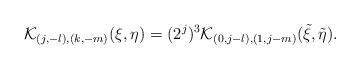
LaTeX: \begin{align*}\mathcal{K}_{(j,-l),(k,-m)}(\xi,\eta)=(2^{j})^3 \mathcal{K}_{(0,j-l),(1,j-m)}(\tilde{\xi},\tilde{\eta}).\end{align*}